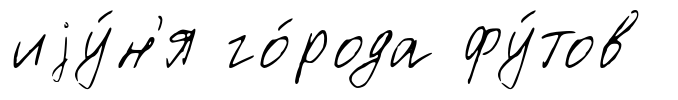
иjу́н'я го́рода фу́тов